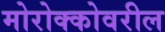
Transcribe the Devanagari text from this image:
मोरोक्कोवरील